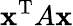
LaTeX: \mathbf{x}^{\mathrm{{T}}}A\mathbf{x}